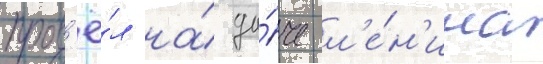
пров'ё́л на́ да́че л'е́н'ина